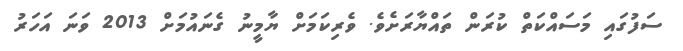
ސަފުގައި މަސައްކަތް ކުރަން ތައްޔާރަށެވެ. ވެރިކަމަށް ޔާމީނު ގެނައުމަށް 2013 ވަނަ އަހަރު